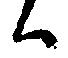
ハ